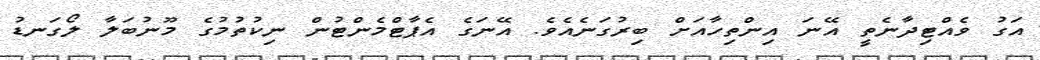
އަގު ވެއްޓިދާނެތީ އޭނަ އިންތިހާއަށް ބިރުގަނެއެވެ. އޭނަގެ އެޕާޓްމެންޓުން ނިކުތުމުގެ މޫނުބަލާ ލޯގަނޑު